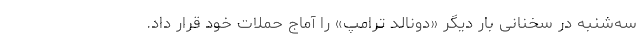
سه‌شنبه در سخنانی بار دیگر «دونالد ترامپ» را آماج حملات خود قرار داد.